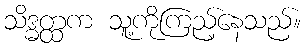
သိဒ္ဓတ္ထက သူ့ကိုကြည့်နေသည်။